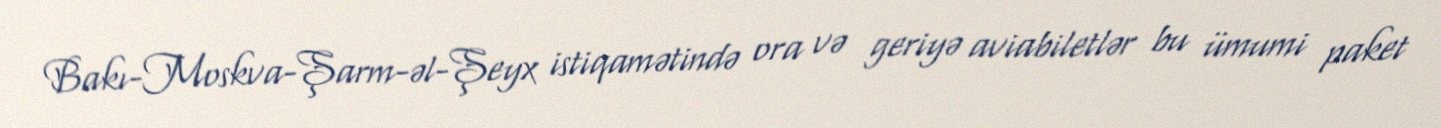
Bakı-Moskva-Şarm-əl-Şeyx istiqamətində ora və geriyə aviabiletlər bu ümumi paket